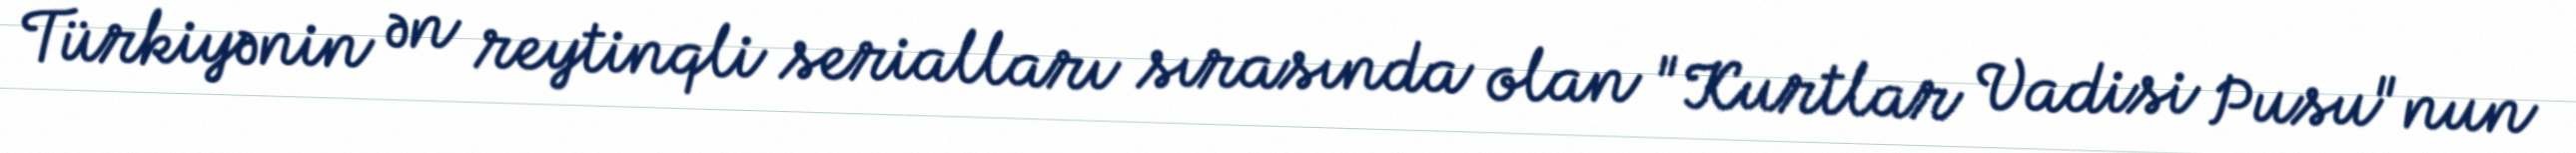
Türkiyənin ən reytinqli serialları sırasında olan "Kurtlar Vadisi Pusu"nun